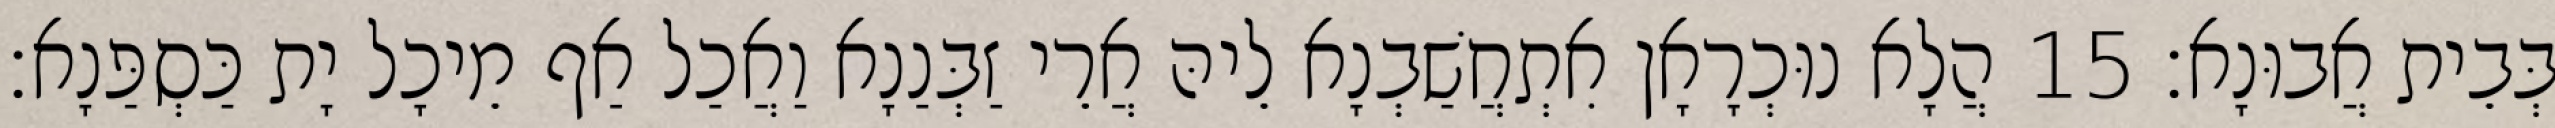
בְּבֵית אֲבוּנָא׃ 15 הֲלָא נוּכְרָאָן אִתְחֲשַׁבְנָא לֵיהּ אֲרֵי זַבְּנַנָא וַאֲכַל אַף מֵיכָל יָת כַּסְפַּנָא׃